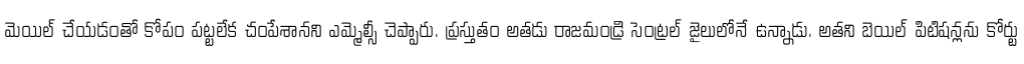
మెయిల్ చేయడంతో కోపం పట్టలేక చంపేశానని ఎమ్మెల్సీ చెప్పారు. ప్రస్తుతం అతడు రాజమండ్రి సెంట్రల్ జైలులోనే ఉన్నాడు. అతని బెయిల్ పిటిషన్లను కోర్టు